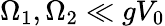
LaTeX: \Omega_{1},\Omega_{2}\ll gV_{0}